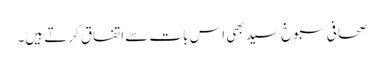
صحافی سبوخ سید بھی اس بات سے اتفاق کرتے ہیں۔